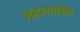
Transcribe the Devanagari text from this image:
असल्याविना